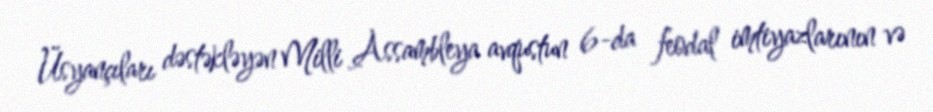
Üsyançıları dəstəkləyən Milli Assambleya avqustun 6-da feodal imtiyazlarının və